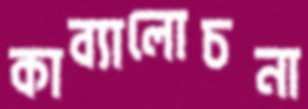
কাব্যালোচনা